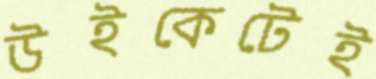
উইকেটেই